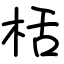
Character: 栝